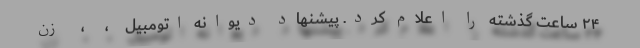
۲۴ ساعت گذشته را اعلام کرد. پیشنهاد دیوانه اتومبیل    ،     ،    زن